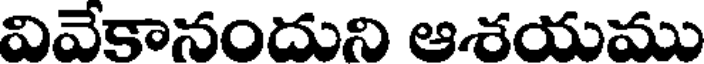
వివేకానందుని ఆశయము